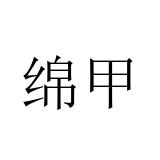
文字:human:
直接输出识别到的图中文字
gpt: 绵甲